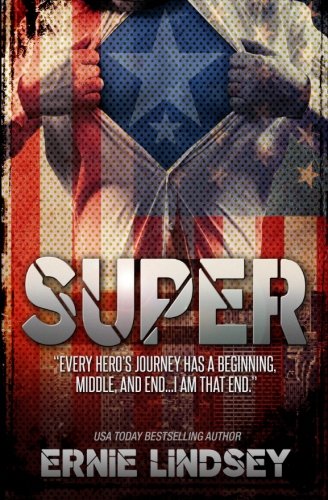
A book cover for Super; Ernie Lindsey; Science Fiction & Fantasy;